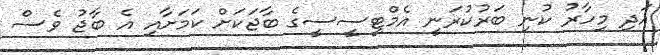
އަދި މިހާރު ކުނި ބަރުކުރަނީ އެމްޓީސީސީގެ ބާޖަކަށް ކަމަށާއި އެ ބާޖު ވެސް